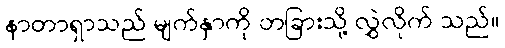
နာတာရှာသည် မျက်နှာကို တခြားသို့ လွှဲလိုက် သည်။